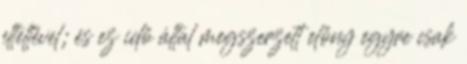
elteltével; és ez idő által megszerzett előny egyre csak